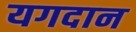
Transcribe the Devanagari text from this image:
यगदान